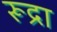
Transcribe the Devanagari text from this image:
रूद्रा